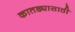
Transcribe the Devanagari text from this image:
कातड्यासाठी